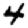
Digit: 4